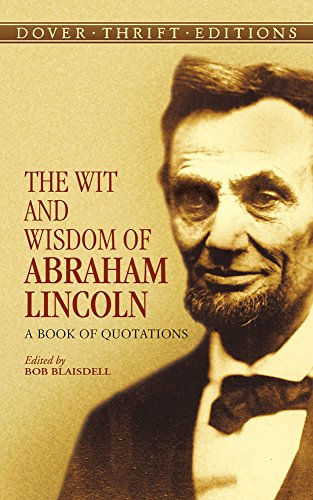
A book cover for The Wit and Wisdom of Abraham Lincoln: A Book of Quotations (Dover Thrift Editions); Abraham Lincoln; Reference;